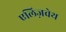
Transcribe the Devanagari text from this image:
एलिज़वेथ